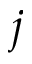
j